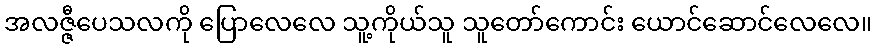
အလဇ္ဇီပေသလကို ပြောလေလေ သူ့ကိုယ်သူ သူတော်ကောင်း ယောင်ဆောင်လေလေ။